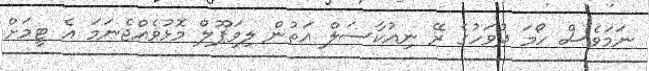
ނަމަވެސް ހޯމަ ދުވަހުގެ ރޭ ނިއުކާސަލް އަތުން ލިވަޕޫލް މޮޅުވެއްޖެނަމަ އެ ޓީމަށް